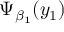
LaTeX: \Psi _ { \beta _ { 1 } } ( y _ { 1 } )